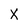
Character: X